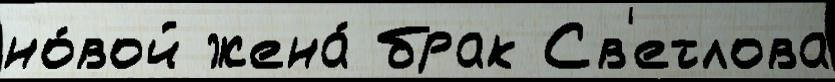
но́вой жена́ брак Св'етлова